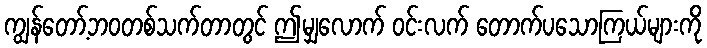
ကျွန်တော့်ဘဝတစ်သက်တာတွင် ဤမျှလောက် ဝင်းလက် တောက်ပသောကြယ်များကို